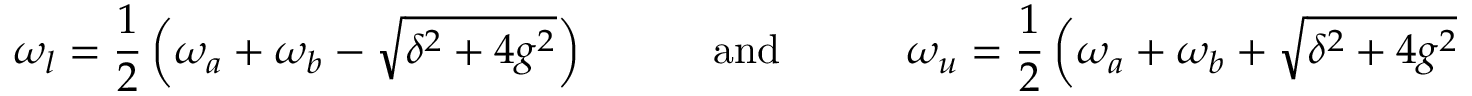
\omega _ { l } = \frac { 1 } { 2 } \left( \omega _ { a } + \omega _ { b } - \sqrt { \delta ^ { 2 } + 4 g ^ { 2 } } \right) \quad \quad \quad \mathrm { a n d } \quad \quad \quad \omega _ { u } = \frac { 1 } { 2 } \left( \omega _ { a } + \omega _ { b } + \sqrt { \delta ^ { 2 } + 4 g ^ { 2 } } \right) \, .